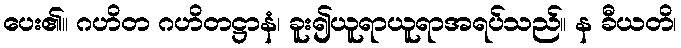
ပေး၏။ ဂဟိတ ဂဟိတဋ္ဌာနံ၊ ခူး၍ယူရာယူရာအရပ်သည်။ န ခီယတိ၊